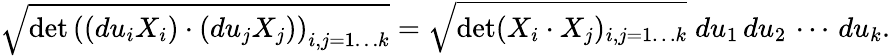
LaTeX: {\sqrt{\operatorname*{det}\left((du_{i}X_{i})\cdot(du_{j}X_{j})\right)_{i,j=1\dots k}}}={\sqrt{\operatorname*{det}(X_{i}\cdot X_{j})_{i,j=1\dots k}}}\; du_{1}\, du_{2}\, \cdots\, du_{k}.